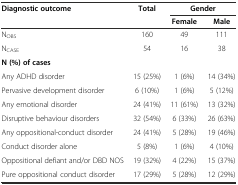
<table><thead><tr><td><b>Diagnostic outcome</b></td><td><b>Total</b></td><td colspan="2"><b>Gender</b></td></tr><tr><td></td><td></td><td><b>Female</b></td><td><b>Male</b></td></tr></thead><tbody><tr><td>N<sub>OBS</sub></td><td>160</td><td>49</td><td>111</td></tr><tr><td>N<sub>CASE</sub></td><td>54</td><td>16</td><td>38</td></tr><tr><td colspan="4"><b>N (%) of cases</b></td></tr><tr><td>Any ADHD disorder</td><td>15 (25%)</td><td>1 (6%)</td><td>14 (34%)</td></tr><tr><td>Pervasive development disorder</td><td>6 (10%)</td><td>1 (6%)</td><td>5 (12%)</td></tr><tr><td>Any emotional disorder</td><td>24 (41%)</td><td>11 (61%)</td><td>13 (32%)</td></tr><tr><td>Disruptive behaviour disorders</td><td>32 (54%)</td><td>6 (33%)</td><td>26 (63%)</td></tr><tr><td>Any oppositional-conduct disorder</td><td>24 (41%)</td><td>5 (28%)</td><td>19 (46%)</td></tr><tr><td>Conduct disorder alone</td><td>5 (8%)</td><td>1 (6%)</td><td>4 (10%)</td></tr><tr><td>Oppositional defiant and/or DBD NOS</td><td>19 (32%)</td><td>4 (22%)</td><td>15 (37%)</td></tr><tr><td>Pure oppositional conduct disorder</td><td>17 (29%)</td><td>5 (28%)</td><td>12 (29%)</td></tr></tbody></table>